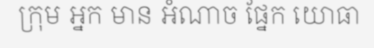
ក្រុម អ្នក មាន អំណាច ផ្នែក យោធា